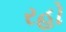
રહો